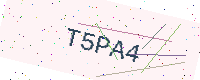
Text: T5PA4